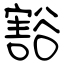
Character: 豁